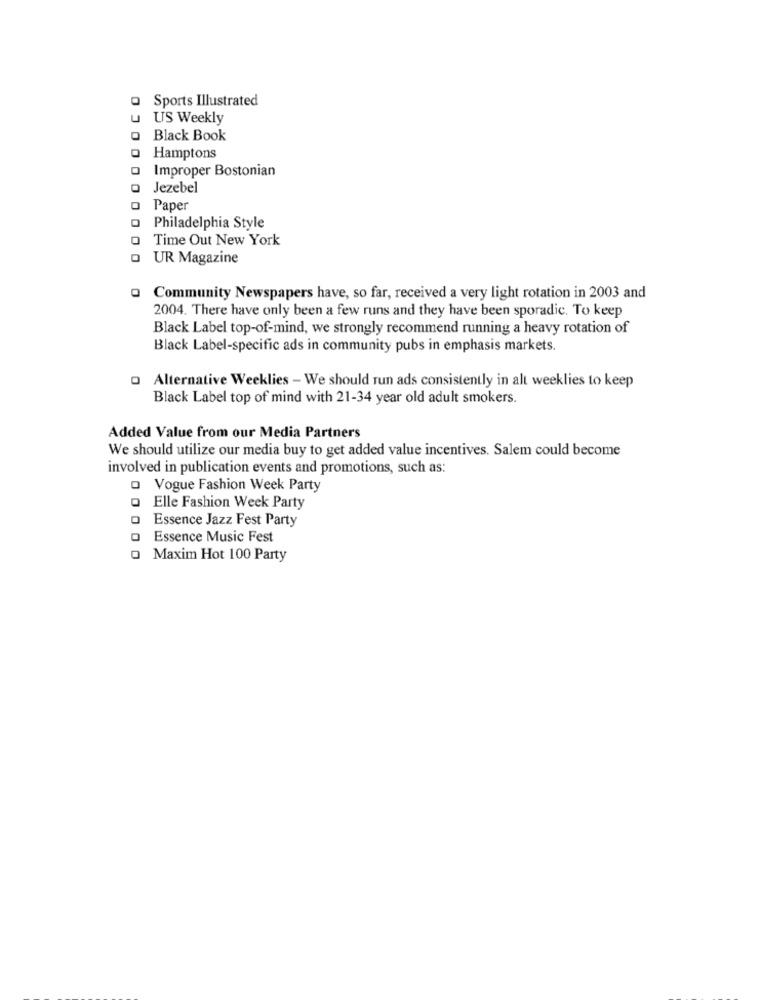
OOCO
Q Sports Illustrated
US Weekly
Black Book
o Hamptons
O Improper Bostonian
Jezebel
Paper
Philadelphia Style
0
Time Out New York
UR Magazine
Q Community Newspapers have, so far, received a very light rotation in 2003 and
2004. There have only been a few runs and they have been sporadic. To keep
Black Label top-of-mind, we strongly recommend running a heavy rotation of
Black Label-specific ads in community pubs in emphasis markets.
o Alternative Weeklies - We should run ads consistently in alt weeklies to keep
Black Label top of mind with 21-34 year old adult smokers.
Added Value from our Media Partners
We should utilize our media buy to get added value incentives. Salem could become
involved in publication events and promotions, such as:
o Vogue Fashion Week Party
o Elle Fashion Week Party
Essence Jazz Fest Party
Essence Music Fest
Maxim Hot 100 Party